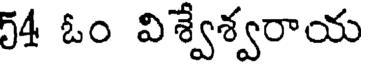
54 ఓం విశ్వేశ్వరాయ